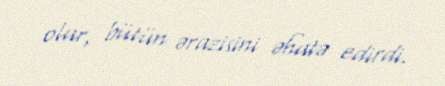
olar, bütün ərazisini əhatə edirdi.